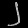
Digit: ၂